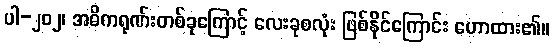
ပါ-၂၀၂၊ အဓိကရုဏ်းတစ်ခုကြောင့် လေးခုစလုံး ဖြစ်နိုင်ကြောင်း ဟောထား၏။